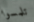
تلمسوا